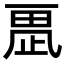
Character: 𣦂